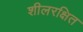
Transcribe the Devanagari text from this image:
शीलरक्षित